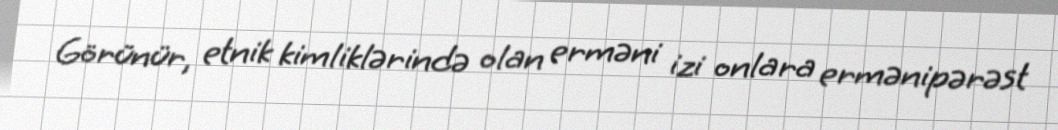
Görünür, etnik kimliklərində olan erməni izi onlara ermənipərəst